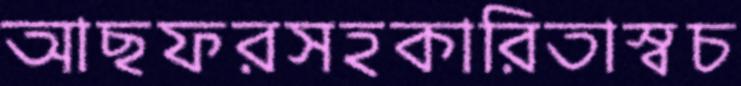
আছফরসহকারিতাস্বচ